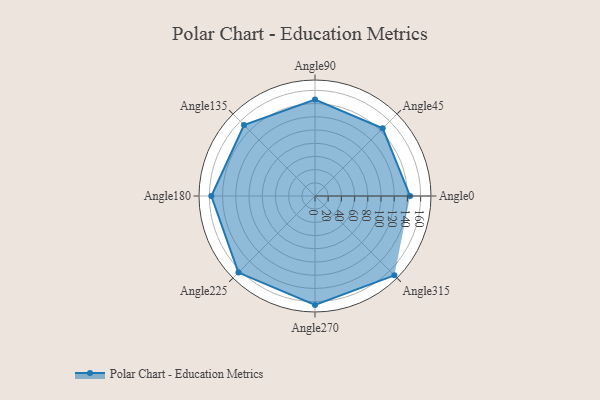
{"axis": {"x": "Angle", "y": "Radius"}, "legend": [""], "data": [{"x": "Angle0", "y": 144.0, "type": ""}, {"x": "Angle45", "y": 145.0, "type": ""}, {"x": "Angle90", "y": 146.0, "type": ""}, {"x": "Angle135", "y": 152.0, "type": ""}, {"x": "Angle180", "y": 157.0, "type": ""}, {"x": "Angle225", "y": 164.0, "type": ""}, {"x": "Angle270", "y": 165.0, "type": ""}, {"x": "Angle315", "y": 170, "type": ""}]}